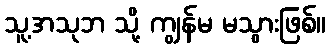
သူ့အသုဘ သို့ ကျွန်မ မသွားဖြစ်။